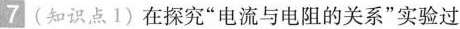
7(知识点1)在探究”电流与电阻的关系”实验过